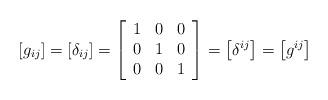
LaTeX: \begin{align*}\left[g_{ij}\right]=\left[\delta_{ij}\right]=\left[\begin{array}{ccc}1 & 0 & 0\\0 & 1 & 0\\0 & 0 & 1\end{array}\right]=\left[\delta^{ij}\right]=\left[g^{ij}\right]\end{align*}